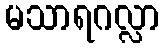
မသာရဂလ္လာ